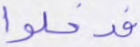
فدخلوا